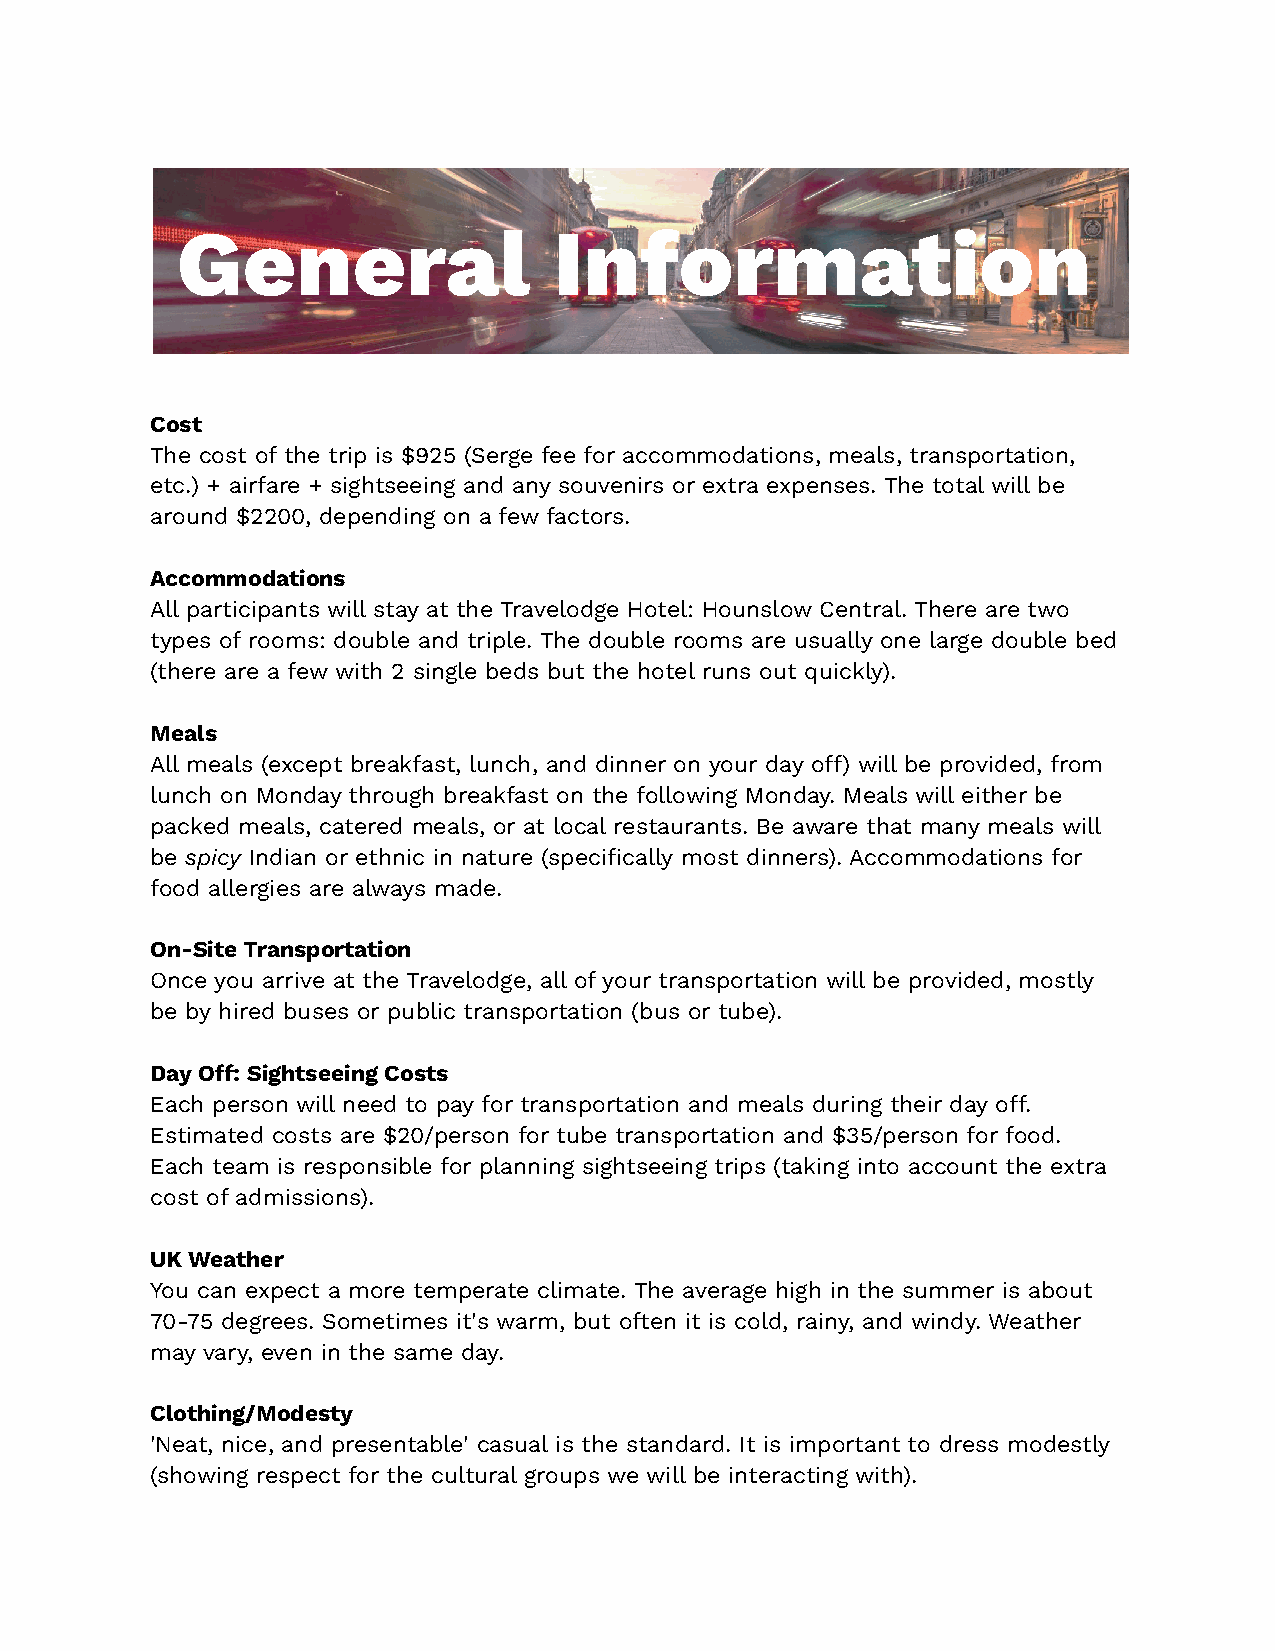
General                  Information
 Cost
 The cost of the trip is $925 (Serge fee for accommodations, meals, transportation,
 etc.) + airfare + sightseeing and any souvenirs or extra expenses. The total will be
 around $2200, depending on a few factors.
 Accommodations
 All participants will stay at the Travelodge Hotel: Hounslow Central. There are two
 types of rooms: double and triple. The double rooms are usually one large double bed
 (there are a few with 2 single beds but the hotel runs out quickly).
 Meals
 All meals (except breakfast, lunch, and dinner on your day o) will be provided, from
 lunch on Monday through breakfast on the following Monday. Meals will either be
 packed meals, catered meals, or at local restaurants. Be aware that many meals will
 be spicy Indian or ethnic in nature (specifically most dinners). Accommodations for
 food allergies are always made.
 On-Site Transportation
 Once you arrive at the Travelodge, all of your transportation will be provided, mostly
 be by hired buses or public transportation (bus or tube).
 Day O: Sightseeing Costs
 Each person will need to pay for transportation and meals during their day o.
 Estimated costs are $20/person for tube transportation and $35/person for food.
 Each team is responsible for planning sightseeing trips (taking into account the extra
 cost of admissions).
 UK Weather
 You can expect a more temperate climate. The average high in the summer is about
 70-75 degrees. Sometimes it's warm, but often it is cold, rainy, and windy. Weather
 may vary, even in the same day.
 Clothing/Modesty
 'Neat, nice, and presentable' casual is the standard. It is important to dress modestly
 (showing respect for the cultural groups we will be interacting with).